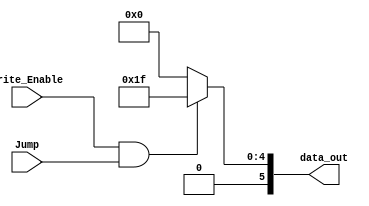
module Mux9(data_out, Write_Enable,Jump);

input  Write_Enable;
input 	Jump;

output	[5:0] data_out;
assign  data_out = (Write_Enable && Jump)?6'b011111 : 6'b000000;

endmodule